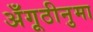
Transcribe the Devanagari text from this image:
अँगूठीनुमा